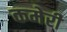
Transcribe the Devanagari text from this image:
कमेरी